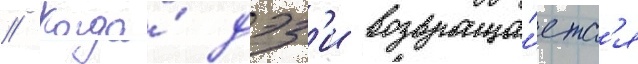
// Когда́ дэз'и возвраща́етс'я